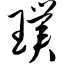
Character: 璞